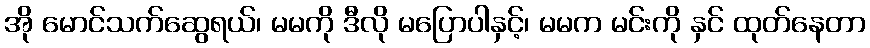
အို မောင်သက်ဆွေရယ်၊ မမကို ဒီလို မပြောပါနှင့်၊ မမက မင်းကို နှင် ထုတ်နေတာ